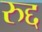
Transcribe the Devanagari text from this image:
रुद्द